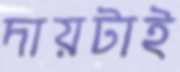
দায়টাই